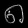
Digit: ၈